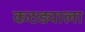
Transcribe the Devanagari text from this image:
कठड्याला